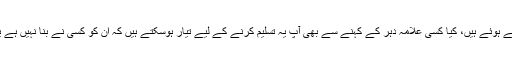
یہ کپڑے جو آپ پہنے ہوئے ہیں، کیا کسی علامۂ دہر کے کہنے سے بھی آپ یہ تسلیم کرنے کے لیے تیار ہوسکتے ہیں کہ ان کو کسی نے بُنا نہیں ہے یہ خود بُن گئے ہیں؟